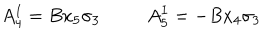
A _ { 4 } ^ { I } = B x _ { 5 } \sigma _ { 3 } ~ A _ { 5 } ^ { I } = - B x _ { 4 } \sigma _ { 3 }